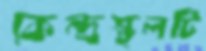
কেন্দ্রস্থলটি